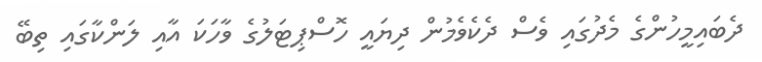
ދެބައިމީހުންގެ މެދުގައި ވެސް ދެކެވެމުން ދިޔައީ ހޮސްޕިޓަލުގެ ވާހަކަ އާއި ލަންކާގައި ތިބޭ